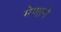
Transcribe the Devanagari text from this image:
मेणाने